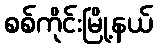
စစ်ကိုင်းမြို့နယ်